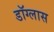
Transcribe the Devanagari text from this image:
डॉग्लास